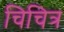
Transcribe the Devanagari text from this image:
चिचित्र